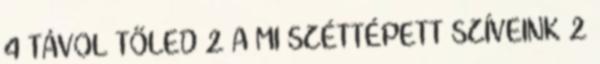
4 TÁVOL TŐLED 2 A MI SZÉTTÉPETT SZÍVEINK 2